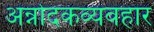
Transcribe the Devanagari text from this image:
अन्नोदकव्यवहार